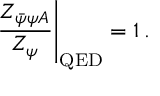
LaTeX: \left. \frac { Z _ { \bar { \psi } \psi A } } { Z _ { \psi } } \right| _ { \mathrm { Q E D } } = 1 \, .